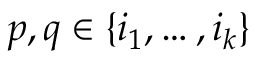
p , q \in \{ i _ { 1 } , \ldots , i _ { k } \}